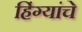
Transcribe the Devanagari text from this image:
हिंग्यांचे